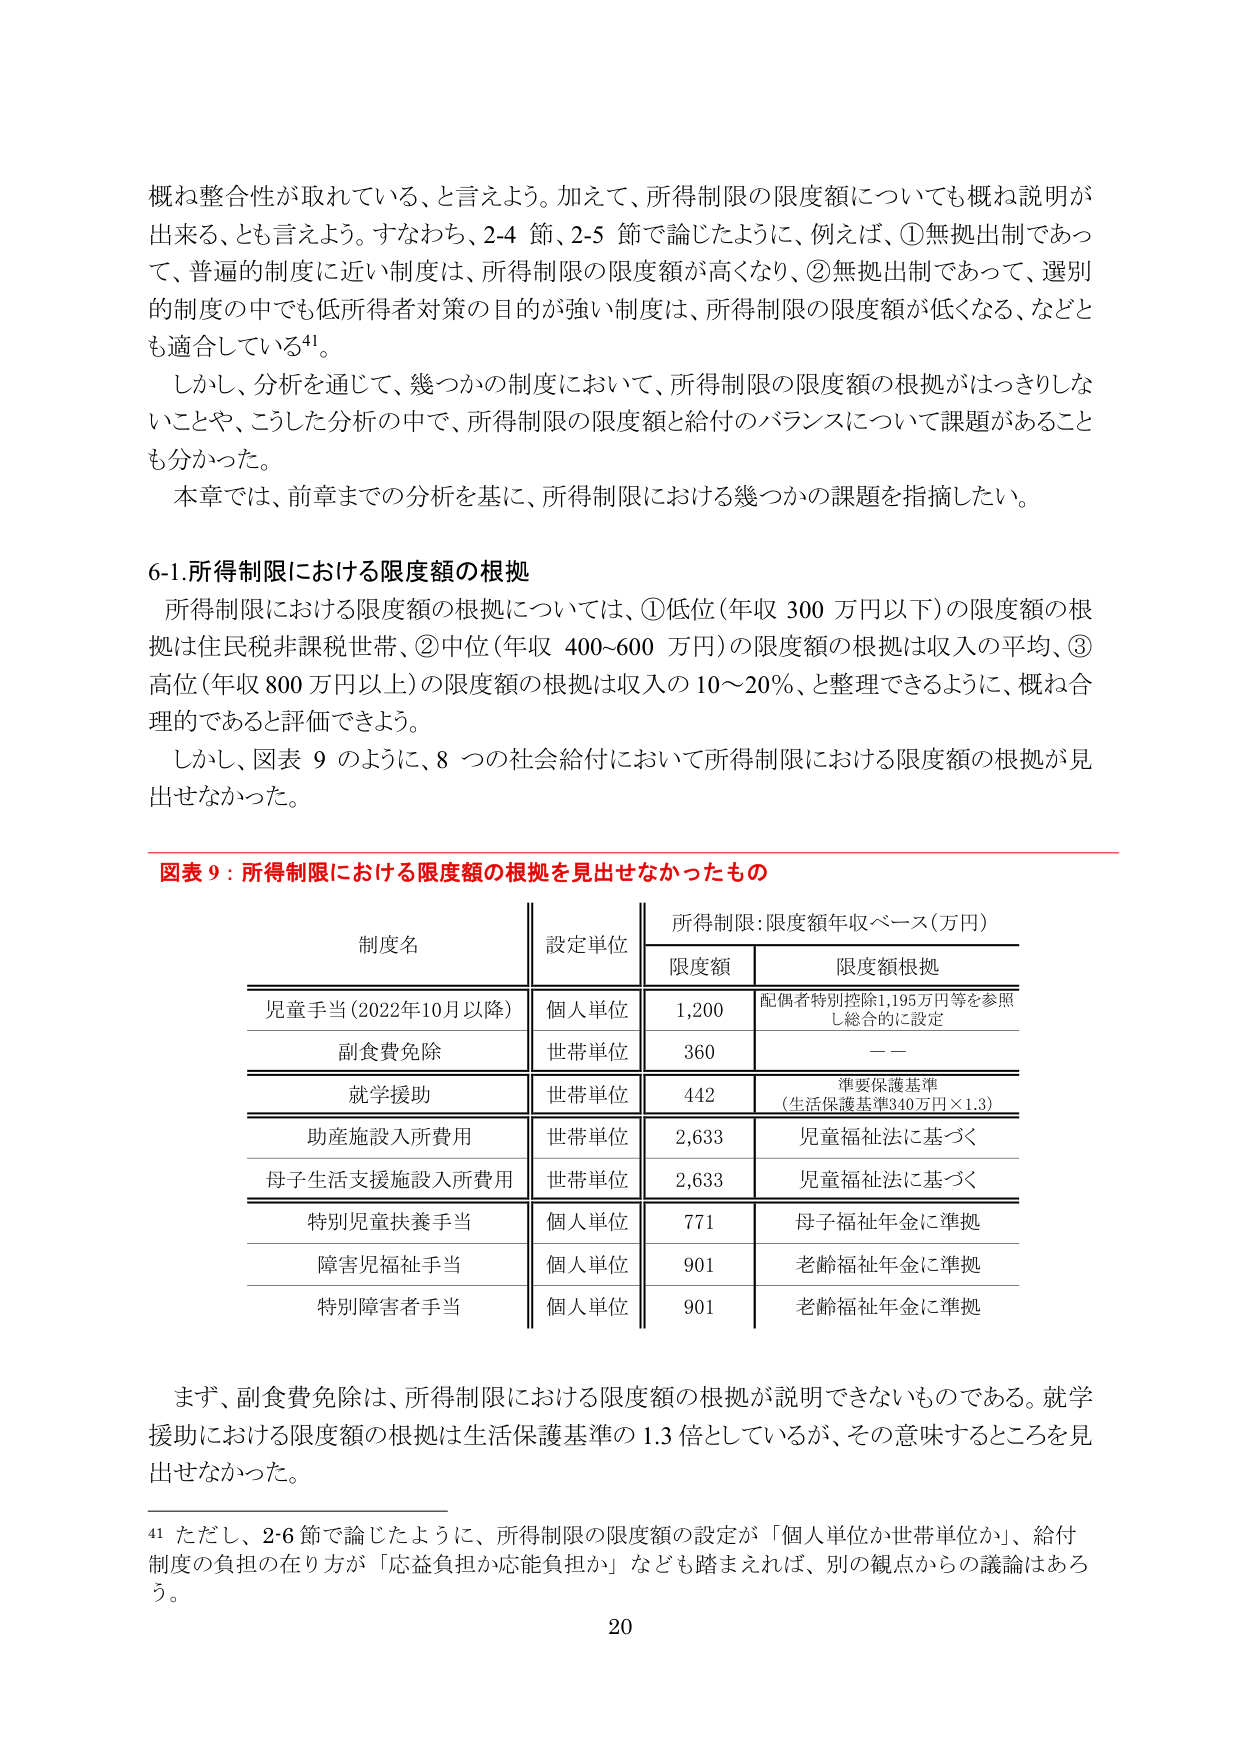
概ね整合性が取れている、と言えよう。加えて、所得制限の限度額についても概ね説明が出来るとも言えよう。すなわち、2-4 節、2-5 節で論じたように、例えば、①無拠出制であって、普遍的制度に近い制度は、所得制限の限度額が高くなり、②無拠出制であって、選別的制度の中でも低所得者対策の目的が強い制度は、所得制限の限度額が低くなる、などとも適合している⁴¹。

しかし、分析を通じて、幾つかの制度において、所得制限の限度額の根拠がはっきりしないことや、こうした分析の中で、所得制限の限度額と給付のバランスについて課題があることも分かった。

本章では、前章までの分析を基に、所得制限における幾つかの課題を指摘したい。

6-1.所得制限における限度額の根拠

所得制限における限度額の根拠については、①低位（年収 300 万円以下）の限度額の根拠は住民税非課税世帯、②中位（年収 400~600 万円）の限度額の根拠は収入の平均、③高位（年収 800 万円以上）の限度額の根拠は収入の 10～20％、と整理できるように、概ね合理的であると評価できよう。

しかし、図表 9 のように、8 つの社会給付において所得制限における限度額の根拠が見せなかった。

図表 9：所得制限における限度額の根拠を見せなかったもの

制度名 || 設定単位 || 所得制限：限度額年収ベース（万円）
|| 限度額 | 限度額根拠
児童手当（2022年10月以降） | 個人単位 | 1,200 | 配偶者特別控除1,195万円等を参照し総合的に設定
副食費免除 | 世帯単位 | 360 | ——
就学援助 | 世帯単位 | 442 | 準要保護基準（生活保護基準340万円×1.3）
助産施設入所費用 | 世帯単位 | 2,633 | 児童福祉法に基づく
母子生活支援施設入所費用 | 世帯単位 | 2,633 | 児童福祉法に基づく
特別児童扶養手当 | 個人単位 | 771 | 母子福祉年金に準拠
障害児福祉手当 | 個人単位 | 901 | 老齢福祉年金に準拠
特別障害者手当 | 個人単位 | 901 | 老齢福祉年金に準拠

まず、副食費免除は、所得制限における限度額の根拠が説明できないものである。就学援助における限度額の根拠は生活保護基準の 1.3 倍としているが、その意味するところを見せなかった。

⁴¹ ただし、2-6 節で論じたように、所得制限の限度額の設定が「個人単位か世帯単位か」、給付制度の負担の在り方が「応益負担か応能負担か」なども踏まえれば、別の観点からの議論はあろう。

20